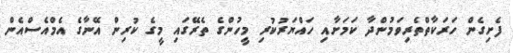
ފެށިގެން ހަރަކާތްތެރިވަމުންދާ ކަމަށާއި ހައްޔަރުކުރި މީހުންގެ ތެރޭގައި މީގެ ކުރިން އޭނާގެ އެމްއެސްއެން